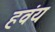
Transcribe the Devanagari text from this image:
हवंय